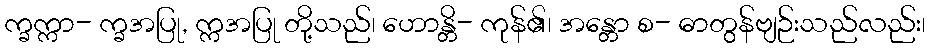
က္ခက္ကာ- က္ခအပြု, က္ကအပြု တို့သည်၊ ဟောန္တိ- ကုန်၏၊ အန္တော စ- ဓာတွန်ဗျဉ်းသည်လည်း၊